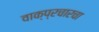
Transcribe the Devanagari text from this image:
वाक्प्रचारचा